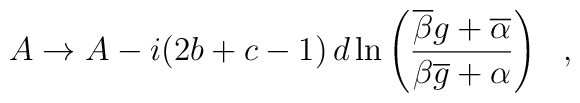
A \rightarrow A - i(2b+c-1) \, d\ln \left(\frac{\overline{\beta}g + \overline{\alpha}}{\beta \overline{g} + \alpha} \right)~~,